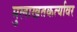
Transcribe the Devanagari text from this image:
मुलाखतकर्त्यावर